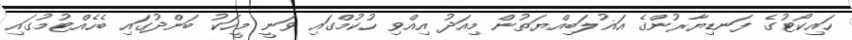
ހައިކޯޓުގެ ފަނޑިޔާރުންގެ އަޣުލަބިއްޔަތުން މިއަދު އިއްވި ހުކުމްގައި ވަނީ މީހަކު ބަންދުގައި ބެހެއްޓުމުގައި